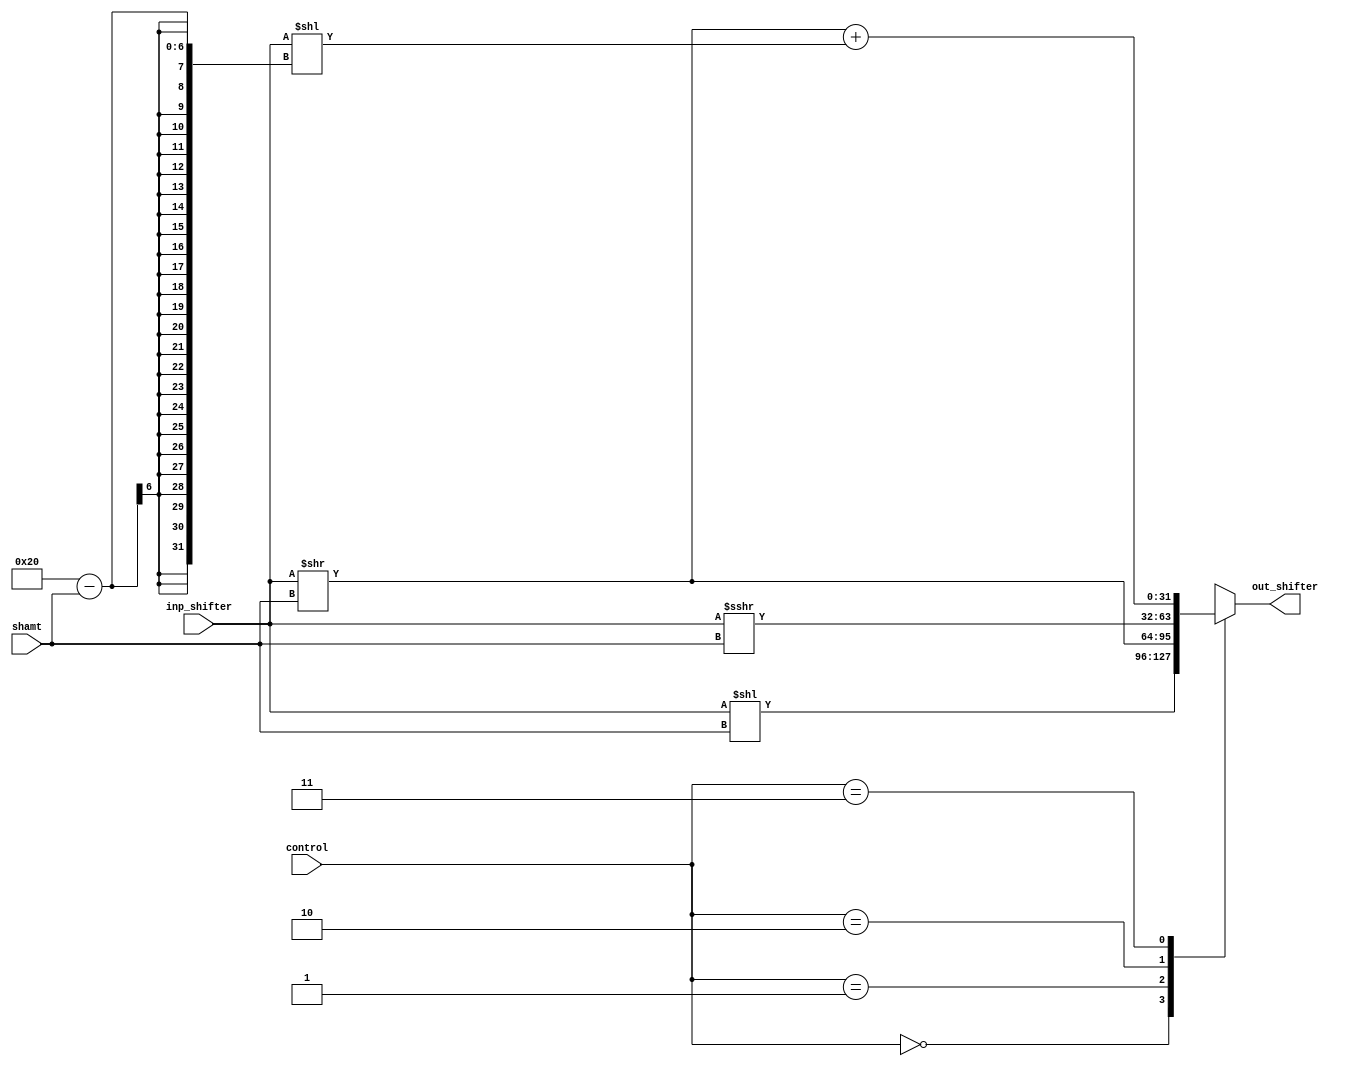
module combinational_shifter #(parameter W = 32)
	(
		input [W-1:0] inp_shifter, 
		input [4:0] shamt, 
		input [1:0] control, 
		output reg [W-1:0] out_shifter
	);
	
	reg [W-1:0] temp_shift;
	reg [W-1:0] temp_R_shift;
	reg [W-1:0] temp_L_shift;
	
	always @(*)
		begin
			case (control) 
				2'b00: out_shifter = (inp_shifter << shamt); // Logic shift left
				2'b01: out_shifter = (inp_shifter >> shamt); // Logic shift right
				2'b10: out_shifter = (inp_shifter >>> shamt);// Arithmetic shift right signed
				2'b11: 
					begin 
						temp_shift = 0;
						temp_R_shift = inp_shifter >> shamt;
						temp_L_shift = inp_shifter << (W-shamt);
						temp_shift = temp_R_shift + temp_L_shift;
						out_shifter = (inp_shifter >> shamt) + (inp_shifter << (W-shamt));
					end
				default: out_shifter = 0;
			endcase
		end
endmodule